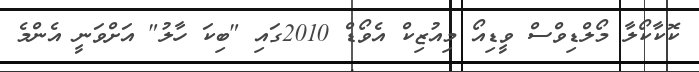
ކޮކާކޯލާ މޯލްޑިވްސް ވީޑިއޯ މިއުޒިކް އެވޯޑް 2010ގައި "ބިކަ ހާލު" އަށްވަނީ އެންމެ